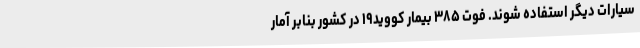
سیارات دیگر استفاده شوند. فوت ۳۸۵ بیمار کووید۱۹ در کشور بنابر آمار